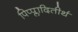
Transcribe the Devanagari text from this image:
पिप्प्लादितीर्थ